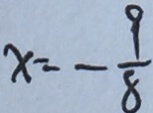
x = - \frac { 9 } { 8 }